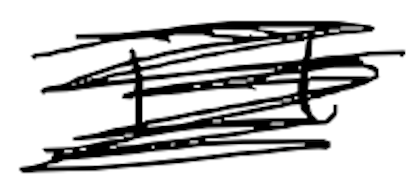
Text: It
Cross-out: scratch
Writing tool: digital_black